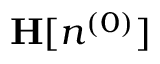
{ \bf H } [ n ^ { ( 0 ) } ]